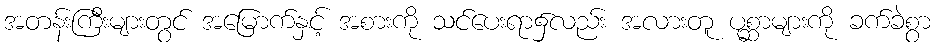
အတန်းကြီးများတွင် အမြောက်နှင့် အစားကို သင်ပေးရာ၌လည်း အလားတူ ပုစ္ဆာများကို ခက်ခဲစွာ